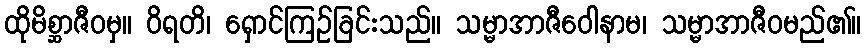
ထိုမိစ္ဆာဇီဝမှ။ ဝိရတိ၊ ရှောင်ကြဉ်ခြင်းသည်။ သမ္မာအာဇီဝေါနာမ၊ သမ္မာအာဇီဝမည်၏။